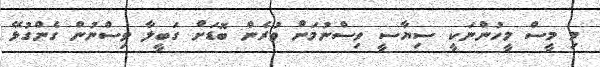
މި މީސް މީހުންނަކީ ސިޔާސީ ވިސްނުމަށް ވުރެން ބޮޑަށް ގަބީލާ ވިސްނުން ގެންގުޅޭ